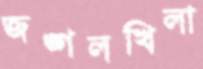
জঙ্গলখিলা